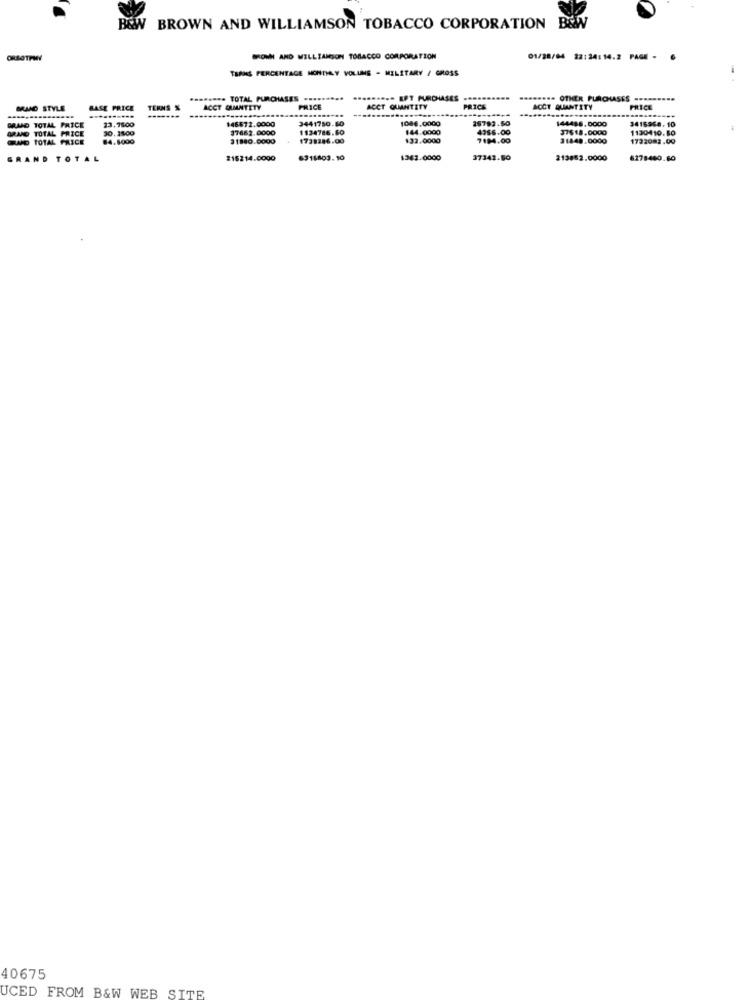
B&W BROWN AND WILLIAMSON TOBACCO CORPORATION B&W
ORSOTPM
BRONI AND WILLIAMSON TOBACCO CORPORATION
01/28/04 22:24:14.2 PAGE .
TRANS PERCENTAGE MONTHLY VOLUME - MILITARY / GROSS
==== TOTAL PURCHASES ..
- ERT PURCHASES
.. OTHER PURCHASES
BRAND STYLE
BASE PRICE
TERMS %
----
...
ACCT OUMANTETY
PRICE
ACCT QUANTITY
PRICE
ACCT QUANTITY
PRICE
GRAND TOTAL PRICE
23.7800
146572.0000
3441750.60
1086.0000
15783.50
144488,0000
3416964. 10
GRAND TOTAL PRICE
30.2500
$7662.0000
1134786.60
144.0000
4356.00
37618.0000
1130410.50
GRAND TOTAL PRICE
84.6000
31880.0000
1738286.00
132.0000
7184.00
31848.0000
1732083.09
GRAND TOTAL
216214.0000
6311803.10
$362.0000
37342.50
213852.0000
6278460.60
40675
UCED FROM B&W WEB SITE